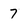
Character: 7